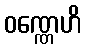
ဝဏ္ဏေဟိ